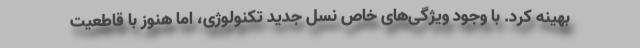
بهینه کرد. با وجود ویژگی‌های خاص نسل جدید تکنولوژی، اما هنوز با قاطعیت